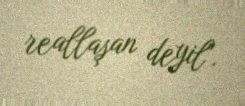
reallaşan deyil".